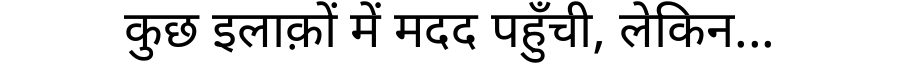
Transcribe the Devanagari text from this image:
कुछ इलाक़ों में मदद पहुँची, लेकिन...